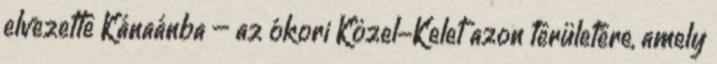
elvezette Kánaánba – az ókori Közel-Kelet azon területére, amely